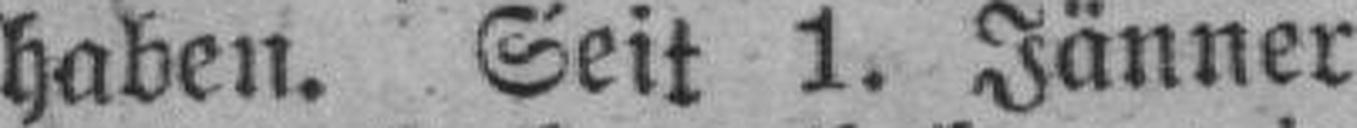
haben. Seit 1. Jänner